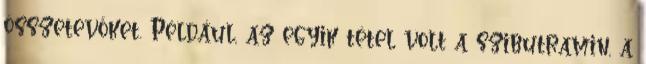
összetevőket. Például, az egyik tétel volt a szibutramin, a